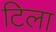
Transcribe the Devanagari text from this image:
टिला